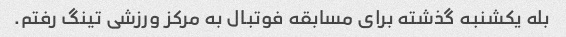
بله یکشنبه گذشته برای مسابقه فوتبال به مرکز ورزشی تینگ رفتم.